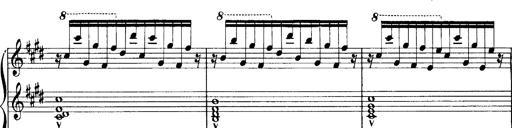
Title: OuvertÃ¼re zu TannhÃ¤user
Composer: Franz Liszt